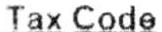
TAX CODE